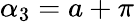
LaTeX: \alpha_{3}=a+\pi